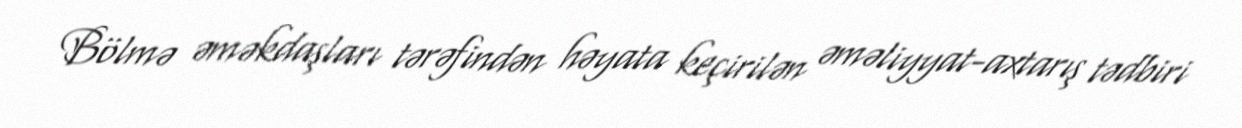
Bölmə əməkdaşları tərəfindən həyata keçirilən əməliyyat-axtarış tədbiri